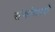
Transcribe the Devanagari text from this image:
संबोधावे